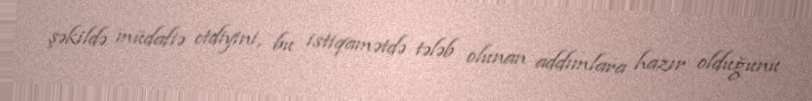
şəkildə müdafiə etdiyini, bu istiqamətdə tələb olunan addımlara hazır olduğunu